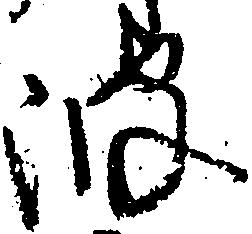
波